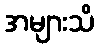
အများသိ